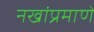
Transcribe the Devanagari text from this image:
नखांप्रमाणे